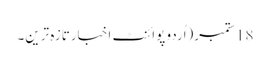
18 ستمبر(اُردو پوائنٹ اخبارتازہ ترین۔